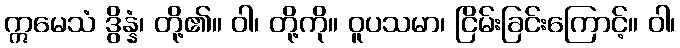
ဣမေသံ ဒွိန္နံ၊ တို့၏။ ဝါ၊ တို့ကို။ ဝူပသမာ၊ ငြိမ်းခြင်းကြောင့်။ ဝါ၊